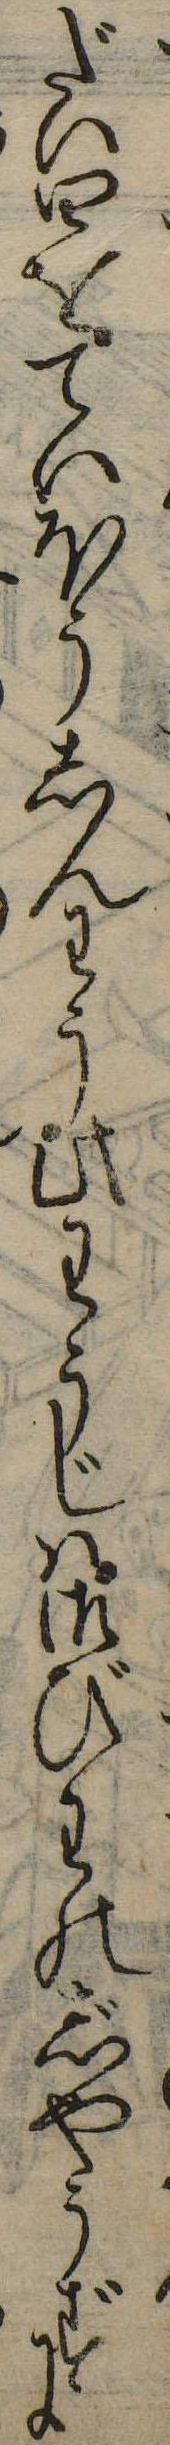
だい四をていほうしんわう此わうじは御びわのじやうずに